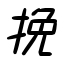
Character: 挽